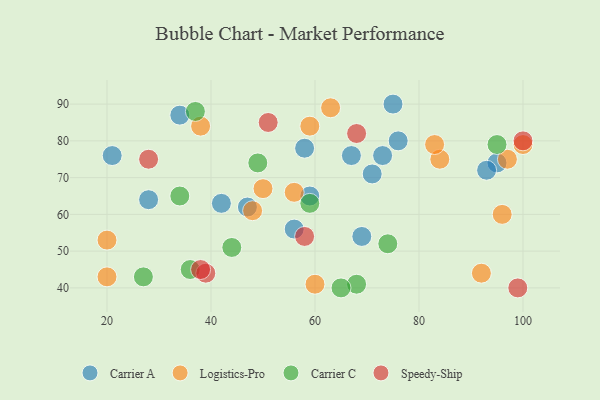
{"axis": {"x": "GDP", "y": "Life Expectancy"}, "legend": ["Carrier A", "Carrier C", "Logistics-Pro", "Speedy-Ship"], "data": [{"x": "56", "y": 56, "type": "Carrier A"}, {"x": "71", "y": 71, "type": "Carrier A"}, {"x": "95", "y": 74, "type": "Carrier A"}, {"x": "67", "y": 76, "type": "Carrier A"}, {"x": "59", "y": 65, "type": "Carrier A"}, {"x": "58", "y": 78, "type": "Carrier A"}, {"x": "34", "y": 87, "type": "Carrier A"}, {"x": "76", "y": 80, "type": "Carrier A"}, {"x": "47", "y": 62, "type": "Carrier A"}, {"x": "75", "y": 90, "type": "Carrier A"}, {"x": "21", "y": 76, "type": "Carrier A"}, {"x": "93", "y": 72, "type": "Carrier A"}, {"x": "28", "y": 64, "type": "Carrier A"}, {"x": "42", "y": 63, "type": "Carrier A"}, {"x": "69", "y": 54, "type": "Carrier A"}, {"x": "73", "y": 76, "type": "Carrier A"}, {"x": "63", "y": 89, "type": "Logistics-Pro"}, {"x": "38", "y": 84, "type": "Logistics-Pro"}, {"x": "92", "y": 44, "type": "Logistics-Pro"}, {"x": "59", "y": 84, "type": "Logistics-Pro"}, {"x": "50", "y": 67, "type": "Logistics-Pro"}, {"x": "20", "y": 53, "type": "Logistics-Pro"}, {"x": "56", "y": 66, "type": "Logistics-Pro"}, {"x": "48", "y": 61, "type": "Logistics-Pro"}, {"x": "60", "y": 41, "type": "Logistics-Pro"}, {"x": "97", "y": 75, "type": "Logistics-Pro"}, {"x": "84", "y": 75, "type": "Logistics-Pro"}, {"x": "96", "y": 60, "type": "Logistics-Pro"}, {"x": "100", "y": 79, "type": "Logistics-Pro"}, {"x": "83", "y": 79, "type": "Logistics-Pro"}, {"x": "20", "y": 43, "type": "Logistics-Pro"}, {"x": "95", "y": 79, "type": "Carrier C"}, {"x": "44", "y": 51, "type": "Carrier C"}, {"x": "74", "y": 52, "type": "Carrier C"}, {"x": "68", "y": 41, "type": "Carrier C"}, {"x": "49", "y": 74, "type": "Carrier C"}, {"x": "59", "y": 63, "type": "Carrier C"}, {"x": "34", "y": 65, "type": "Carrier C"}, {"x": "36", "y": 45, "type": "Carrier C"}, {"x": "27", "y": 43, "type": "Carrier C"}, {"x": "65", "y": 40, "type": "Carrier C"}, {"x": "37", "y": 88, "type": "Carrier C"}, {"x": "39", "y": 44, "type": "Speedy-Ship"}, {"x": "51", "y": 85, "type": "Speedy-Ship"}, {"x": "38", "y": 45, "type": "Speedy-Ship"}, {"x": "28", "y": 75, "type": "Speedy-Ship"}, {"x": "68", "y": 82, "type": "Speedy-Ship"}, {"x": "99", "y": 40, "type": "Speedy-Ship"}, {"x": "58", "y": 54, "type": "Speedy-Ship"}, {"x": "100", "y": 80, "type": "Speedy-Ship"}]}